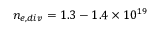
n _ { e , d i v } = 1 . 3 - 1 . 4 \times 1 0 ^ { 1 9 }